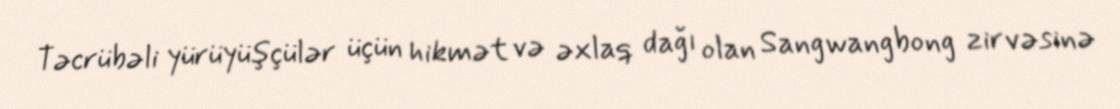
Təcrübəli yürüyüşçülər üçün hikmət və əxlaq dağı olan Sangwangbong zirvəsinə